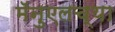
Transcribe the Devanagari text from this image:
मॅनुएलच्या